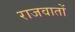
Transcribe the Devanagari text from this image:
राजवातों